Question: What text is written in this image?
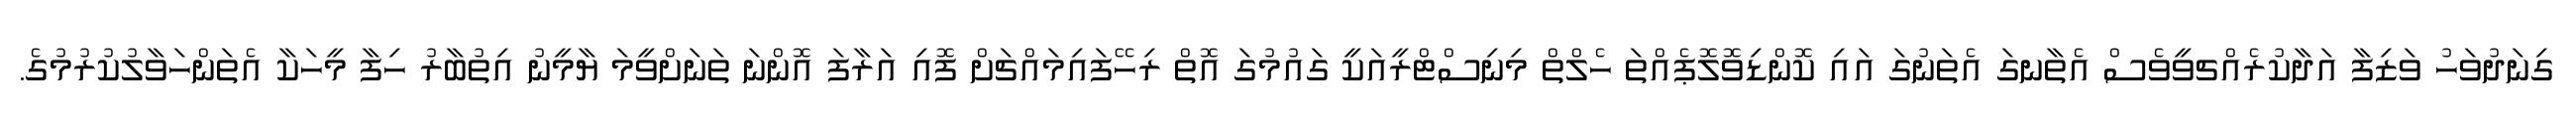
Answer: ގިނަދުވަހު ވަޒިފާ އަދާކުރެއްޗވީވެސް އެތާނގަ އެތަނުގަ އައި ކޮންޑިވޮލޮޕެއްތަ ހެލްތް މިނިސްޓްރީއަކީ ގައުމުގަ އޮތް ރިހޭފައިމައްޗަށް ފޮއި އަރާފަ އޮންނަ ތަނަށްވީމަ ޔާމީނު އިތުބާރު ހިފާ މީހަކާ އެތަންހަވާލުކުރުމުގެ.